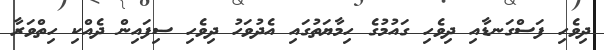
ދިވެހި ފަސްގަނޑާއި ދިވެހި ގައުމުގެ ހިމާޔަތުގައި އެދުވަހު ދިވެހި ސިފައިން ދެއްކި ހިތްވަރާ